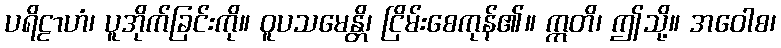
ပရိဠာဟံ၊ ပူအိုက်ခြင်းကို။ ဝူပသမေန္တိ၊ ငြိမ်းစေကုန်၏။ ဣတိ၊ ဤသို့။ အဝေါစ၊